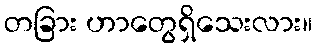
တခြား ဟာတွေရှိသေးလား။